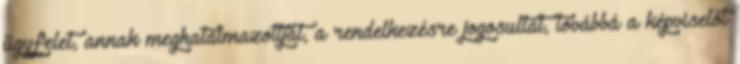
ügyfelet, annak meghatalmazottját, a rendelkezésre jogosultat, továbbá a képviselőt